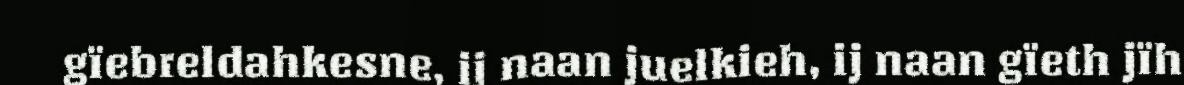
gïebreldahkesne, ij naan juelkieh, ij naan gïeth jïh